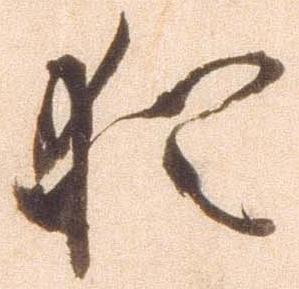
猶